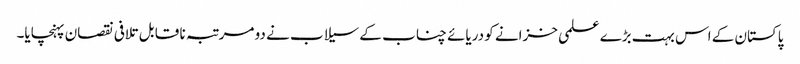
پاکستان کے اس بہت بڑے علمی خزانے کو دریائے چناب کے سیلاب نے دو مرتبہ نا قا بل تلافی نقصان پہنچایا۔